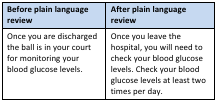
<table><thead><tr><td><b>Before plain language review</b></td><td><b>After plain language review</b></td></tr></thead><tbody><tr><td>Once you are discharged the ball is in your court for monitoring your blood glucose levels.</td><td>Once you leave the hospital, you will need to check your blood glucose levels. Check your blood glucose levels at least two times per day.</td></tr></tbody></table>